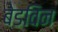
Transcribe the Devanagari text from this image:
बेडविन